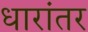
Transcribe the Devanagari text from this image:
धारांतर